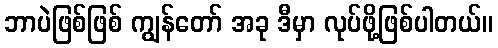
ဘာပဲဖြစ်ဖြစ် ကျွန်တော် အခု ဒီမှာ လုပ်ဖို့ဖြစ်ပါတယ်။